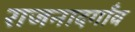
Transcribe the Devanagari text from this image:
राजनादगाँव